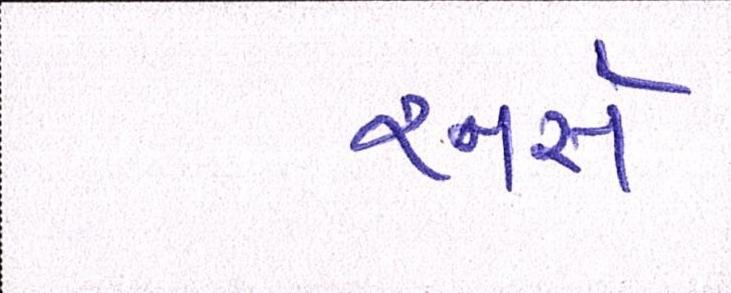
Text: રનર્સ